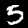
Label: 5